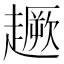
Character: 𧽸